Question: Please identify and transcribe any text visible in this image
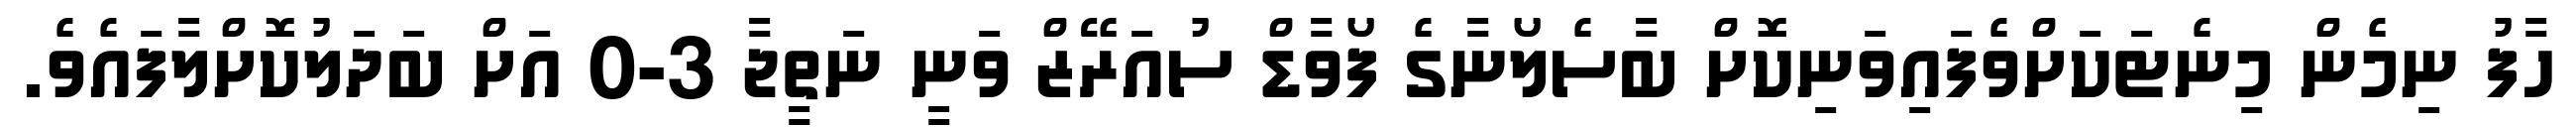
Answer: ހާފު ނިމެން މިނެޓަކަށްވެފައިވަނިކޮށް ބާސެލޯނާގެ ފޯވާޑް ސުއަރޭޒް ވަނީ ނަތީޖާ 3-0 އަށް ބަދަލުކޮށްލާފައެވެ.